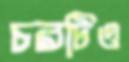
চরটিও